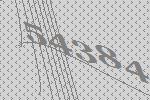
54384